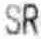
SR